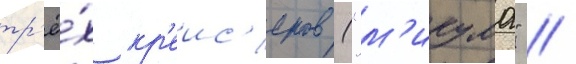
тр'ё́х кр'еис'еров ("м'икума" /